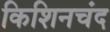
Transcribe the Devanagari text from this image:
किशिनचंद